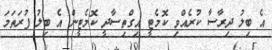
އެ ބިލު ދިރާސާ ކުރެއްވި ކޮމެޓީ އިގްތިސާދީ ކޮމެޓީން އެ ބިލު ފުރަތަމަ